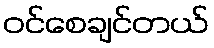
ဝင်စေချင်တယ်